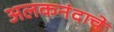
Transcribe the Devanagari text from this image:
अलकनंदाचे